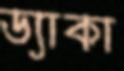
ড্যাকা